Civil Veterinary Department ledger series I-VI
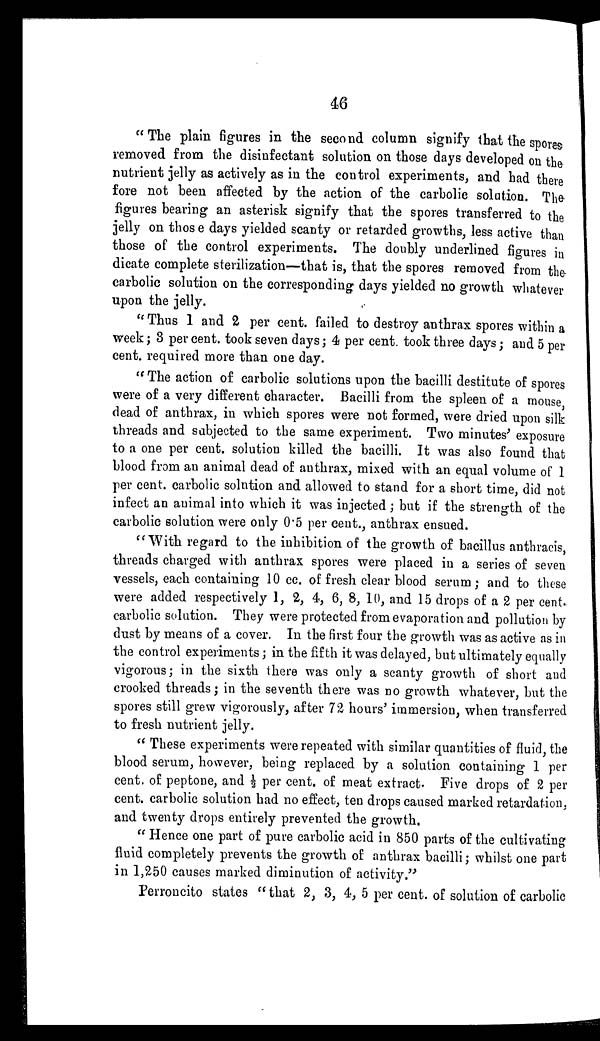
46
"The plain figures in the second column signify that the spores
removed from the disinfectant solution on those days developed on the
nutrient jelly as actively as in the control experiments, and had there
fore not been affected by the action of the carbolic solution. The
figures bearing an asterisk signify that the spores transferred to the
jelly on those days yielded scanty or retarded growths, less active than
those of the control experiments. The doubly underlined figures in
dicate complete sterilization—that is, that the spores removed from the
carbolic solution on the corresponding days yielded no growth whatever
upon the jelly.
"Thus 1 and 2 per cent. failed to destroy anthrax spores within a
week; 3 per cent. took seven days; 4 per cent. took three days; and 5 per
cent. required more than one day.
"The action of carbolic solutions upon the bacilli destitute of spores
were of a very different character. Bacilli from the spleen of a mouse,
dead of anthrax, in which spores were not formed, were dried upon silk
threads and subjected to the same experiment. Two minutes' exposure
to a one per cent. solution killed the bacilli. It was also found that
blood from an animal dead of anthrax, mixed with an equal volume of 1
per cent. carbolic solution and allowed to stand for a short time, did not
infect an animal into which it was injected; but if the strength of the
carbolic solution were only 0.5 per cent., anthrax ensued.
"With regard to the inhibition of the growth of bacillus anthracis,
threads charged with anthrax spores were placed in a series of seven
vessels, each containing 10 cc. of fresh clear blood serum; and to these
were added respectively 1, 2, 4, 6, 8, 10, and 15 drops of a 2 per cent.
carbolic solution. They were protected from evaporation and pollution by
dust by means of a cover. In the first four the growth was as active as in
the control experiments; in the fifth it was delayed, but ultimately equally
vigorous; in the sixth there was only a scanty growth of short and
crooked threads; in the seventh there was no growth whatever, but the
spores still grew vigorously, after 72 hours' immersion, when transferred
to fresh nutrient jelly.
"These experiments were repeated with similar quantities of fluid, the
blood serum, however, being replaced by a solution containing 1 per
cent. of peptone, and ½ per cent. of meat extract. Five drops of 2 per
cent. carbolic solution had no effect, ten drops caused marked retardation,
and twenty drops entirely prevented the growth.
"Hence one part of pure carbolic acid in 850 parts of the cultivating
fluid completely prevents the growth of anthrax bacilli; whilst one part
in 1,250 causes marked diminution of activity."
Perroncito states "that 2, 3, 4, 5 per cent. of solution of carbolic